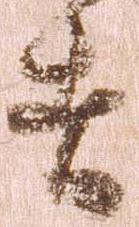
者